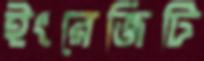
ইংরেজিটি